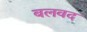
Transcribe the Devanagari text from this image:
बलवद